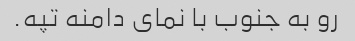
رو به جنوب با نمای دامنه تپه.